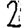
Digit: 2